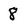
Character: 8